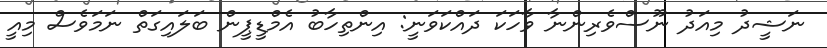
ނަޝީދު މިއަދު ނޫސްވެރިންނާ ވާހަކަ ދައްކަވަނީ: އިންތިހާބު އެމްޑީޕީން ބަލައިގަތް ނަމަވެސް މިއީ